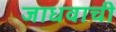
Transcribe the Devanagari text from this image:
जाधवाची